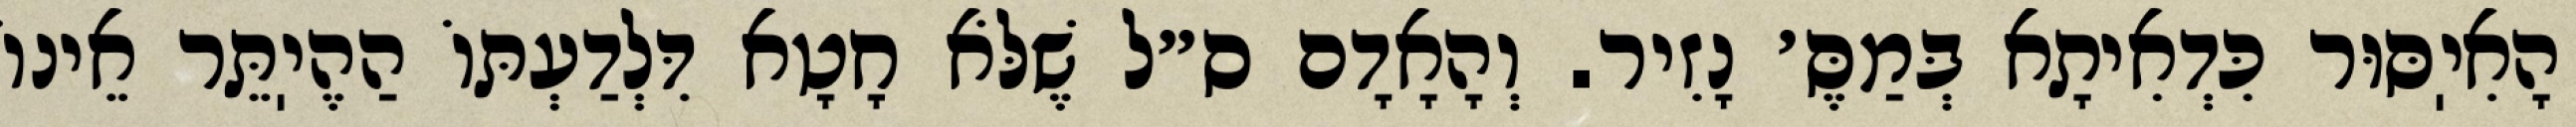
הָאִיֽסּוּר כִּדְאִיתָא בְּמַסֶּ׳ נָזִיר. וְהָאָדָם ס״ל שֶׁלֹּא חָטָא דִּלְדַעְתּוֹ הַהֶיֽתֵּר אֵינוֹ